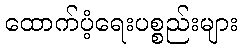
ထောက်ပံ့ရေးပစ္စည်းများ